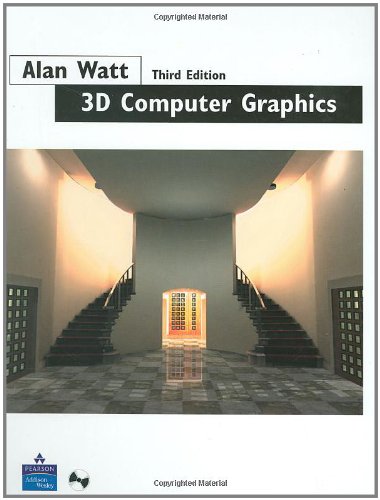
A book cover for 3D Computer Graphics (3rd Edition); Alan Watt; Computers & Technology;